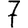
Digit: 7